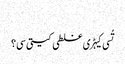
‏
تُسی کیہڑی غلطی کیتی سی؟